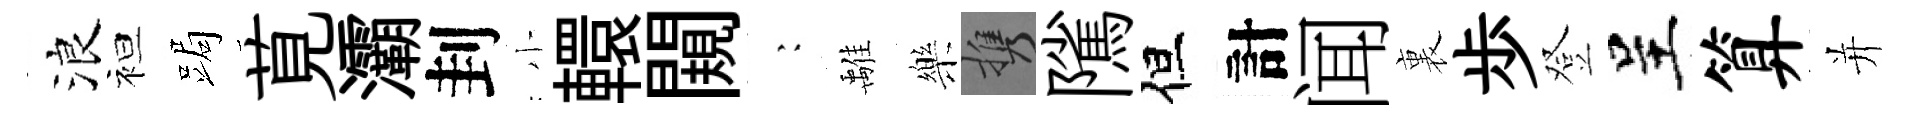
浪袒跼莧灞刲小轘闚巍𩀌樂携隲但計闻裏歩登呈算并